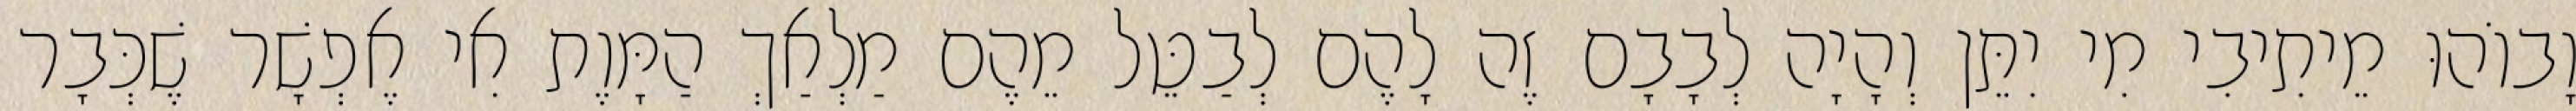
וָבוֹהוּ מֵיתִיבִי מִי יִתֵּן וְהָיָה לְבָבָם זֶה לָהֶם לְבַטֵּל מֵהֶם מַלְאַךְ הַמָּוֶת אִי אֶפְשָׁר שֶׁכְּבָר